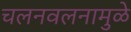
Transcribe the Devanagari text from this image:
चलनवलनामुळे